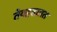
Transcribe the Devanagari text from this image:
तेवहढ्यात